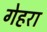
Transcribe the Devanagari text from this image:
गेहरा